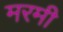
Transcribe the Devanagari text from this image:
मरमी